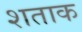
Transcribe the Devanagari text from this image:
शताक